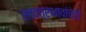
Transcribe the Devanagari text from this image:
सावत्रभावांचेही